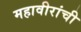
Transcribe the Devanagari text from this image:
महावीरांची